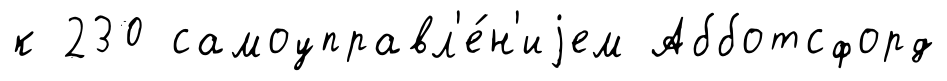
к 230 самоуправл'е́н'иjем Абботсфорд